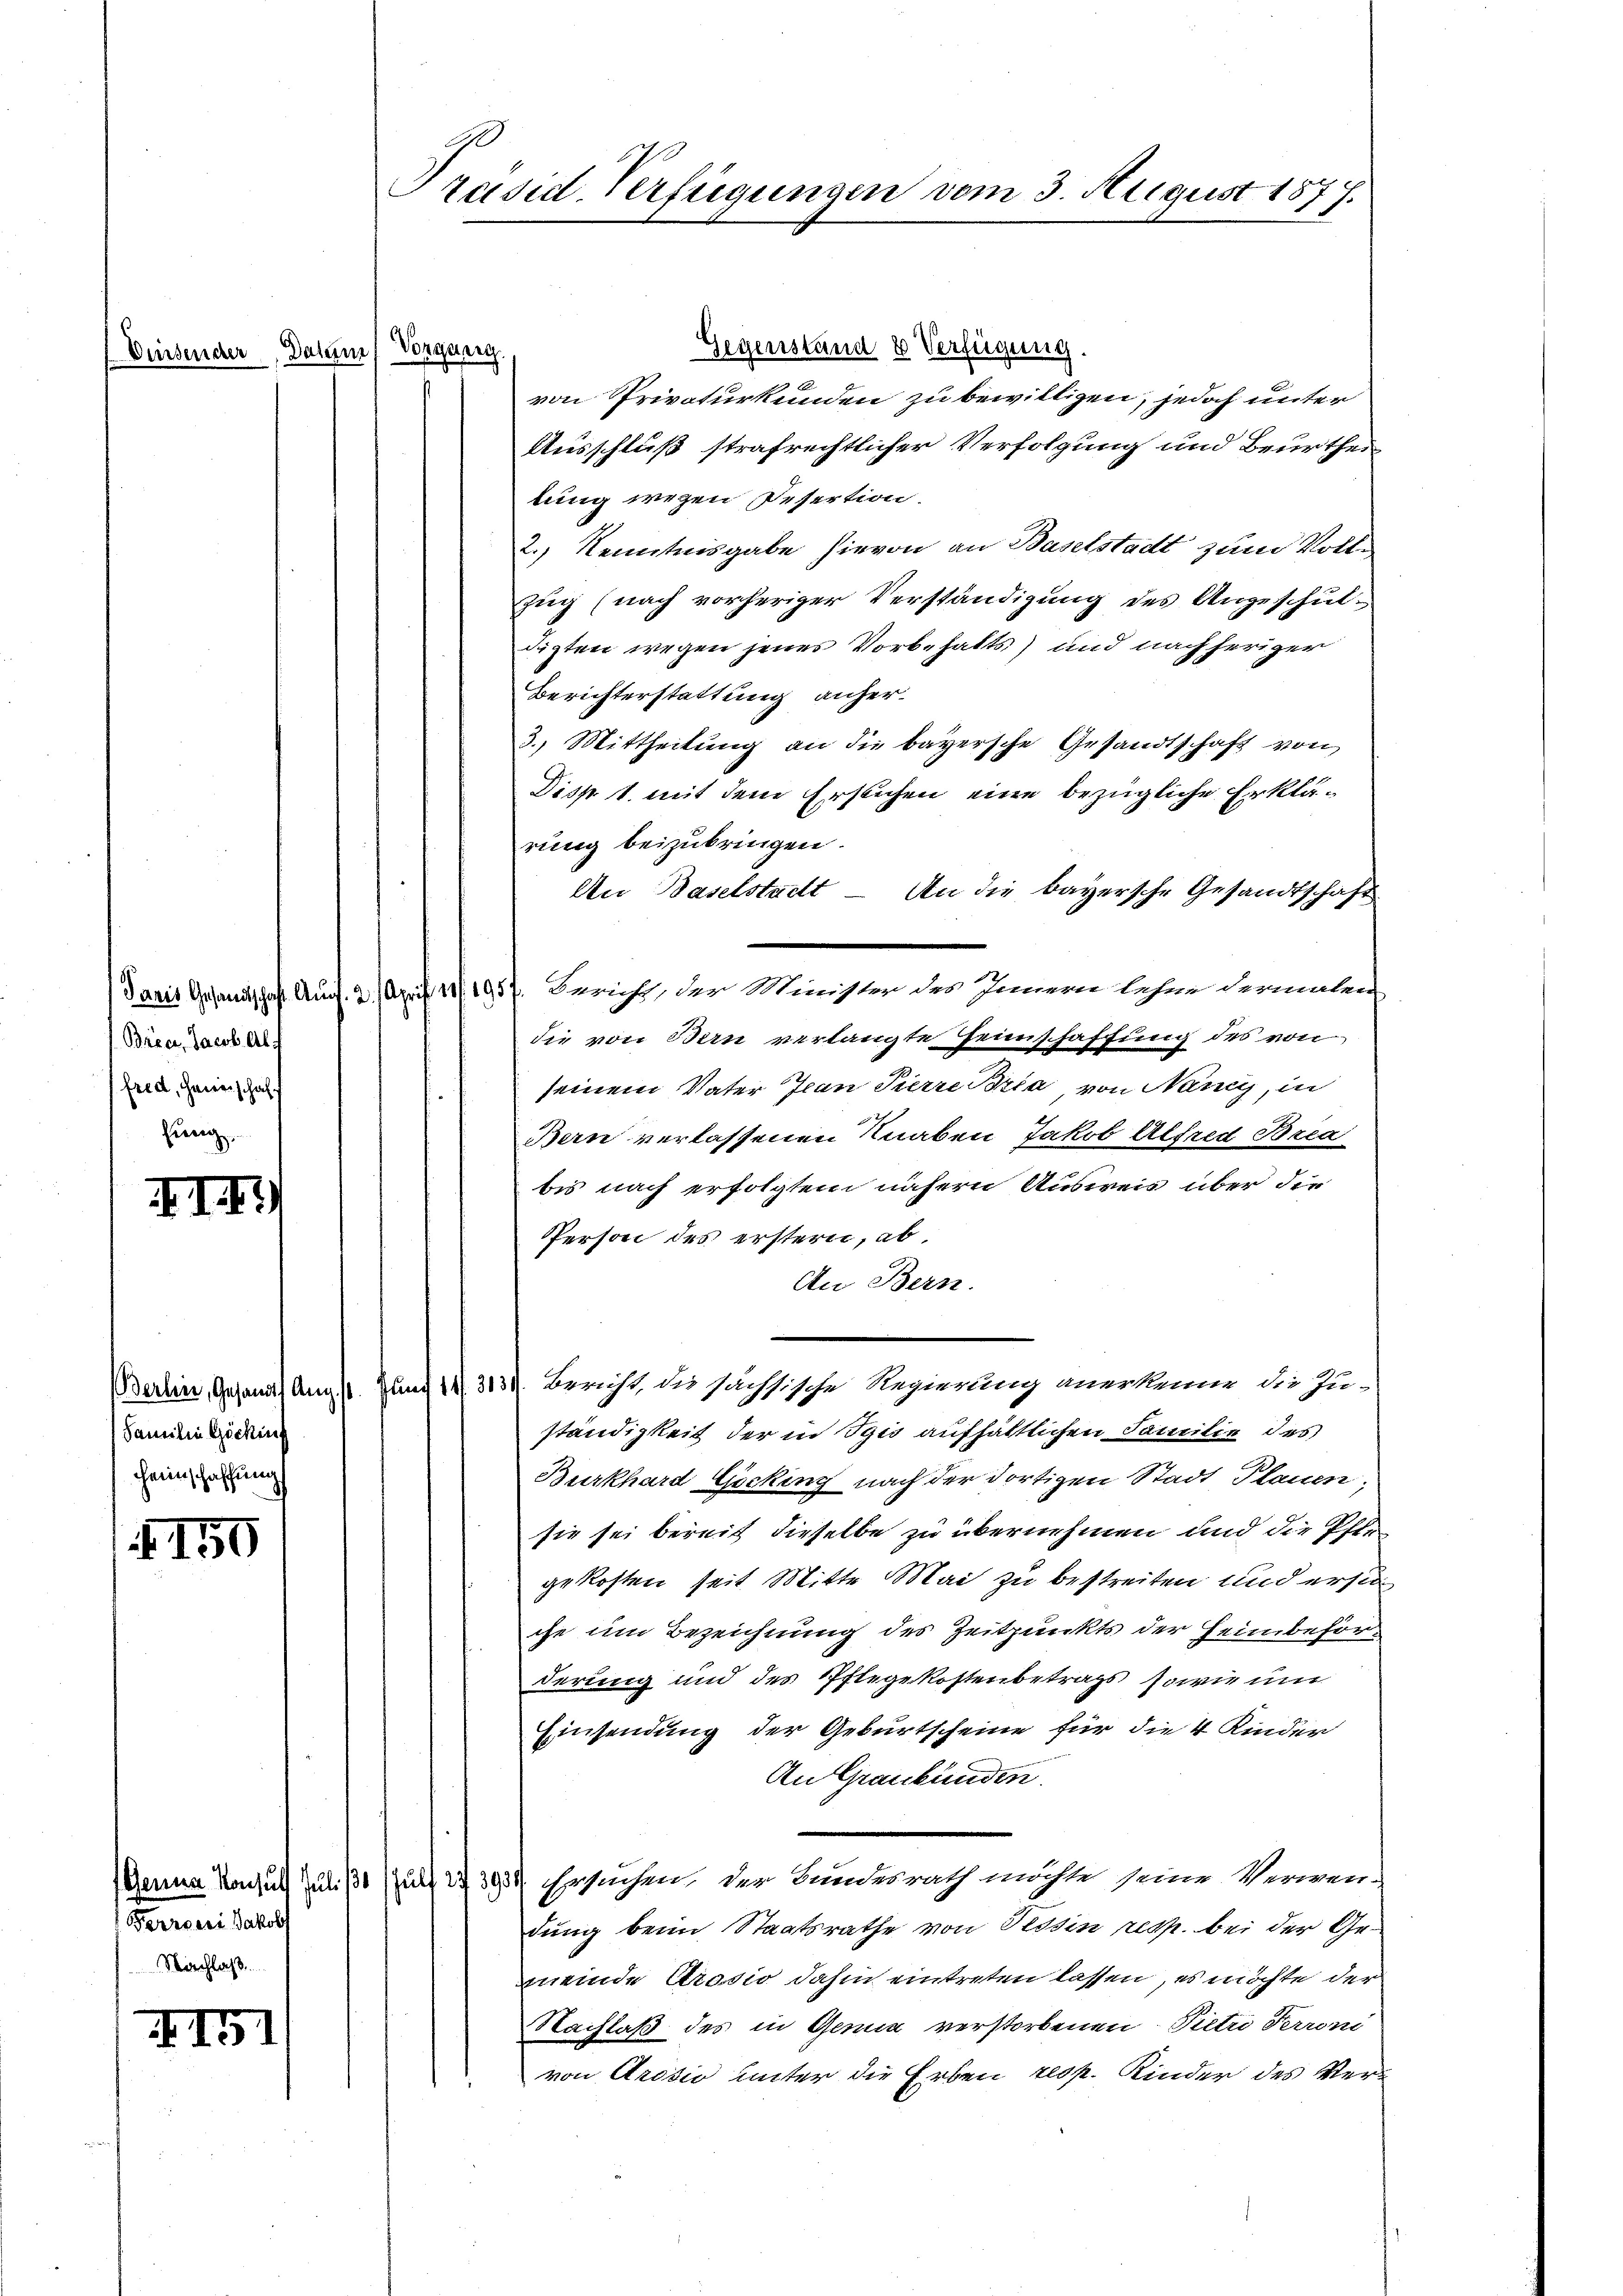
Diersender, Datum Vorgung.

Bree, Jacob Al-
fred, Heinschaff
herig

III)

Familie Göckins
Heimschaffung

150

Beroni Schul
Nachlaß.

III

Gegenstand 8 Verfügung.
von Privaturkunden zu bewilligen, jedoch unter
Ausschluß strafrechtlicher Verfolgung und Beurtheilung wegen Desertion.
2.) Kenntnisgabe hievon an Baselstadt zum Voll¬
Zug (nach vorheriger Verständigung des Angeschuldigten wegen jenes Vorbehalts) und nachheriger
Berichterstattung anher¬
3. Mittheilung an die bayersche Gesandtschaft von
Disp. 1. mit dem Erstichen eine bezügliche Erklärung beizubringen.
An Baselstadt - An die bayersche Gesandtschaft
Samit Gesandtschaft Auff. 2. April 11. 1957. Bericht, der Minister des Innern lehne dermalen
die von Bern verlangte Feinschaffung des von
seinem Vater Jean Pierre Bria von Nancy, in
Bern verlassenen Knaben Jakob Alfred Brea
bis nach erfolgtem nähern Ausweis über die
Person des erstern, ab.
An Bern.
Berlin Gesandts Angst. Juni 1313). Bericht, die sächsische Regierung anerkenne die Ju-
ständigkeit der in Igis aufhältlichen Familie des
Burkhard Göcking nach der dortigen Stadt Plauen;
sie sei bereit dieselbe zu übernehmen und die Pflegekosten, seit Mitte Mai zu bestreiten und ersuche um Bezeichnung des Zeitpunkts der Heimbeförderung und des Pflegekostenbetrags, sowie um
Einsendung der Geburtscheine für die 4 Kinder
An Graubünden.
(Gerina Konsul Juli 13 u. 43939. Ersuchen, der Bundesrath möchte seine Verwen-
dung beim Staatsrathe von Tessin resp. bei der Gemeinde Prosio dahin eintreten lassen, es möchte der
Nachlaß des in Genia verstorbenen Pietri Terroni
von Arosio unter die Erben resp. Kinder des Ver¬

Präsid. Verfügungen vom 3. August 1877.